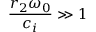
\frac { r _ { 2 } \omega _ { 0 } } { c _ { i } } \gg 1